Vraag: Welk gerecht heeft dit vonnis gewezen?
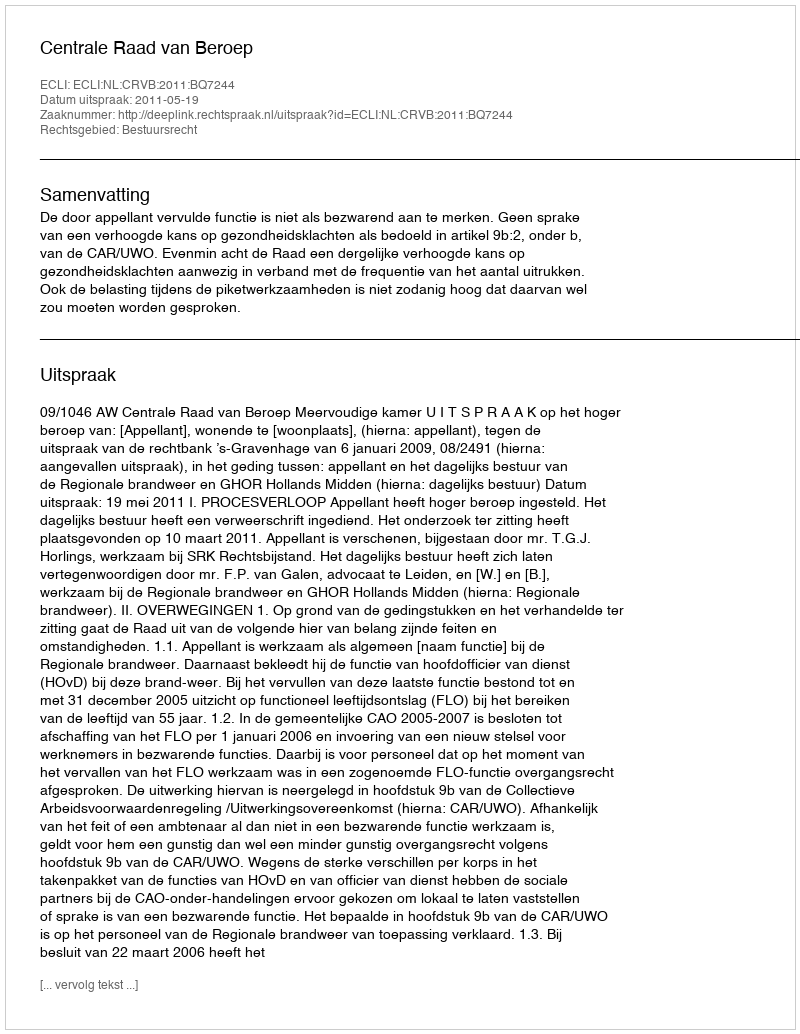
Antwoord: Centrale Raad van Beroep